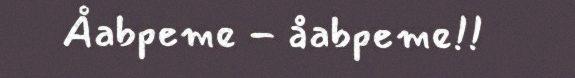
Åabpeme - åabpeme!!